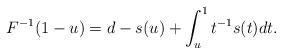
LaTeX: \begin{align*}F^{-1}(1-u)=d-s(u)+\int_{u}^{1}t^{-1}s(t)dt. \end{align*}